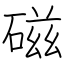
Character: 磁